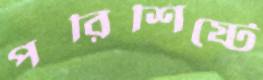
পরিশিষ্টে